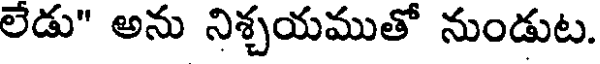
లేడు" అను నిశ్చయముతో నుండుట.